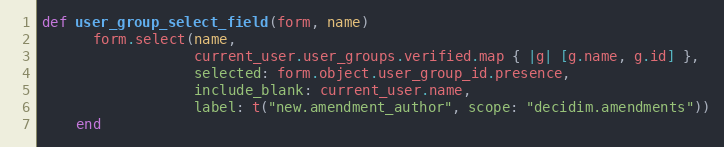
Language: Ruby
def user_group_select_field(form, name)
      form.select(name,
                  current_user.user_groups.verified.map { |g| [g.name, g.id] },
                  selected: form.object.user_group_id.presence,
                  include_blank: current_user.name,
                  label: t("new.amendment_author", scope: "decidim.amendments"))
    end